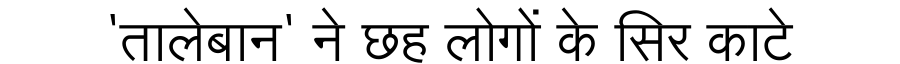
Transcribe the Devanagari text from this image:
'तालेबान' ने छह लोगों के सिर काटे